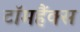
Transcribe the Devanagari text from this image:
टॉमहैंक्स